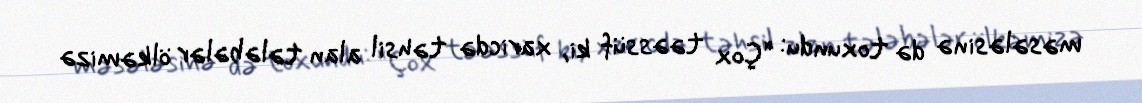
məsələsinə də toxundu: “Çox təəssüf ki, xaricdə təhsil alan tələbələr ölkəmizə